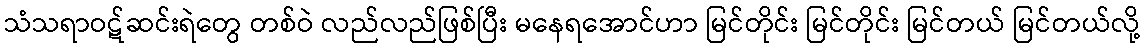
သံသရာဝဋ်ဆင်းရဲတွေ တစ်ဝဲ လည်လည်ဖြစ်ပြီး မနေရအောင်ဟာ မြင်တိုင်း မြင်တိုင်း မြင်တယ် မြင်တယ်လို့